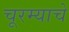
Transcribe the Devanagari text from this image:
चूरम्याचे